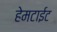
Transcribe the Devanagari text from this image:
हेमटाईट